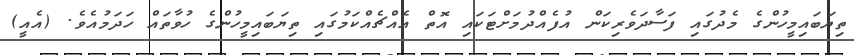
ތިޔަބައިމީހުންގެ މެދުގައި ފަސާދަވެރިކަން އުފެއްދުމަށްޓަކައި އޮތް އެއްޗެއްކަމުގައި ތިޔަބައިމީހުންގެ ހުވާތައް ހަދަމުއެވެ. (އެއީ)